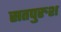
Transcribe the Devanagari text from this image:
सतपुरुश